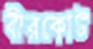
বীরকোট